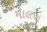
માલધા